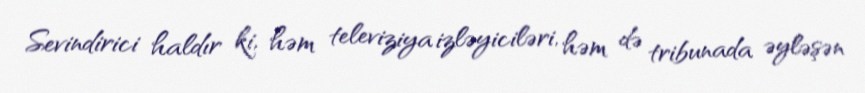
Sevindirici haldır ki, həm televiziya izləyiciləri, həm də tribunada əyləşən